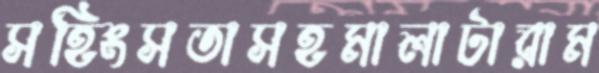
সহিংসতাসহমালাটারাম